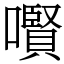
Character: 㘋